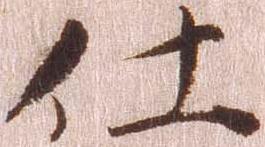
仕